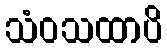
သံဝသထာပိ